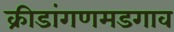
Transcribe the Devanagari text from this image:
क्रीडांगणमडगाव